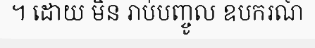
។ ដោយ មិន រាប់បញ្ចូល ឧបករណ៍